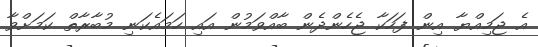
އެ ޖަމިއްޔާ އިން ފަހަކާ ޖެހެންދެން ބާއްވަމުން އައި ހަމައެކަނި މުބާރާތް ކަމަށްވާ